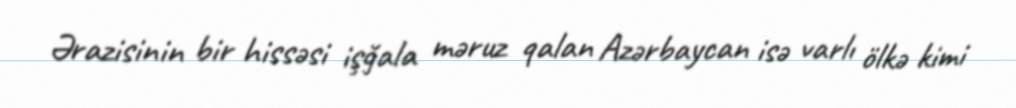
Ərazisinin bir hissəsi işğala məruz qalan Azərbaycan isə varlı ölkə kimi